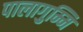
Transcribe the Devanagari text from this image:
पालागुम्मि